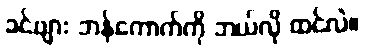
ခင်ဗျား ဘန်ကောက်ကို ဘယ်လို ထင်လဲ။